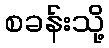
စခန်းသို့